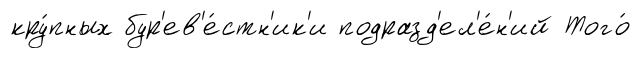
кру́пных бур'ев'е́стн'ик'и подразд'ел'е́н'ий Того́